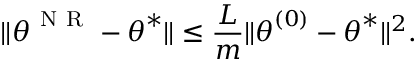
\lVert { \boldsymbol { \theta } } ^ { \mathrm { ~ N ~ R ~ } } - { \boldsymbol { \theta } } ^ { * } \rVert \leq \frac { L } { m } \lVert { \boldsymbol { \theta } } ^ { ( 0 ) } - { \boldsymbol { \theta } } ^ { * } \rVert ^ { 2 } .